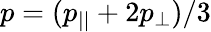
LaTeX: p=(p_{||}+2p_{\perp})/3